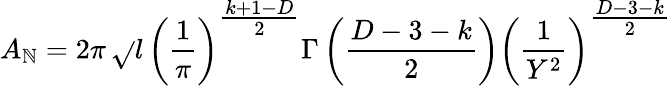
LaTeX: A_{\mathbb{N}}=2\pi\, \sqrt{}{{l}}\, \left(\frac{{1}}{{\pi}}\right)^{{\textstyle\frac{{k+1-D}}{{2}}}}\Gamma\left(\frac{{D-3-k}}{{2}}\right)\left(\frac{{1}}{{Y^{2}}}\right)^{{\textstyle\frac{{D-3-k}}{{2}}}}